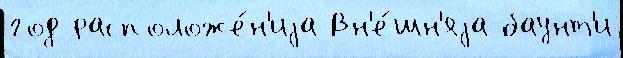
год расположе́н'иjа Вн'е́шн'яjа баунт'и